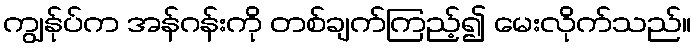
ကျွန်ုပ်က အန်ဂန်းကို တစ်ချက်ကြည့်၍ မေးလိုက်သည်။